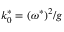
k _ { 0 } ^ { * } = ( \omega ^ { * } ) ^ { 2 } / g